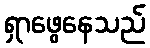
ရှာဖွေနေသည်